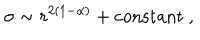
LaTeX: \sigma \sim r ^ { 2 ( 1 - \alpha ) } + \mathrm { c o n s t a n t } ~ ,